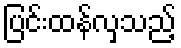
ပြင်းထန်လှသည့်